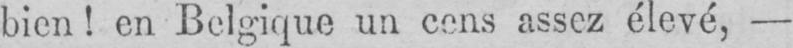
bien! en Belgique un cens assez élevé, -